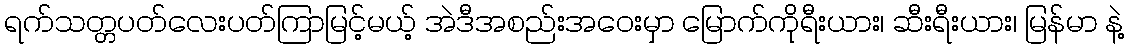
ရက်သတ္တပတ်လေးပတ်ကြာမြင့်မယ့် အဲဒီအစည်းအဝေးမှာ မြောက်ကိုရီးယား၊ ဆီးရီးယား၊ မြန်မာ နဲ့